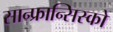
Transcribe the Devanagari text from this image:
सान्फ्रान्सिस्को